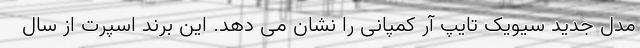
مدل جدید سیویک تایپ آر کمپانی را نشان می دهد. این برند اسپرت از سال